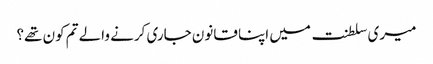
میری سلطنت میں اپنا قانون جاری کرنے والے تم کون تھے؟